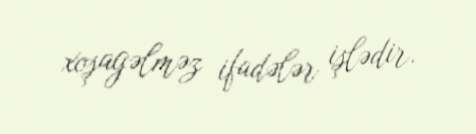
xoşagəlməz ifadələr işlədir.